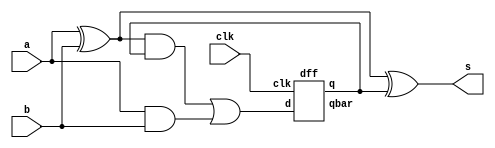
module structural_fsm(	input  a,
			input b,
			input clk,
			output s);

	wire n0, n1, n3, n5, n6, d, q, qnot;

	//not anot(n0,a);
	//not bnot(n1,b);
	//sequential part
	/*
	and and2(n5,a,b);
	and and3(n6,q,b);
	and and4(n7,q,a);
	or or0(d,n5,n6,n7);
	*/

	xor xor0(n3,a,b);
	xor xor1(s,n3,q);
	and and0(n5,n3,q);
	and and1(n6,a,b);
	or din(d,n5,n6);
	dff dff2(q,qnot,d,clk);

	//s part
	/*
	and and0(n3,n0,n1,q);
	and and1(n4,qnot,n0,b);
	and and5(n9,q,a,b);
	and and6(n10,qnot,a,n1);
	or or1(s,n3,n4,n9,n10);
	*/

	

endmodule


module dff(q,qbar,d,clk);
	input d,clk; 
	output q, qbar; 
	not not1(dbar,d); 
	nand_gate nand1(x,clk,d); 
	nand_gate nand2(y,clk,dbar); 
	nand_gate nand3(q,qbar,y); 
	nand_gate nand4(qbar,q,x); 
endmodule


module nand_gate(c,a,b); 
	input a,b; 
	output c; 
	assign c = ~(a&b); 
endmodule